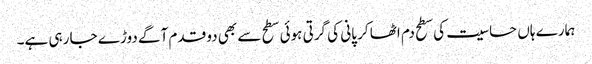
ہمارے ہاں حساسیت کی سطح دم اٹھا کر پانی کی گرتی ہوئی سطح سے بھی دو قدم آگے دوڑے جا رہی ہے۔